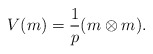
\begin{align*} V(m)= \frac{1}{p} (m\otimes m). \end{align*}